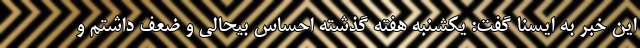
این خبر به ایسنا گفت: یکشنبه هفته گذشته احساس بیحالی و ضعف داشتم و